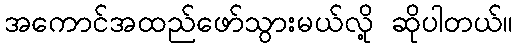
အကောင်အထည်ဖော်သွားမယ်လို့ ဆိုပါတယ်။